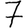
Digit: 7